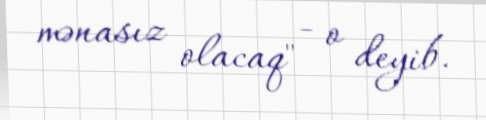
mənasız olacaq" - o deyib.